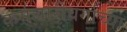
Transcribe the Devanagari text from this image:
कर्मचारीवर्गाच्या